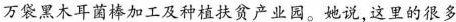
万袋黑木耳菌棒加工及种植扶贫产业园。她说，这里的很多